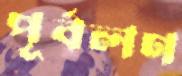
পূর্বলণ